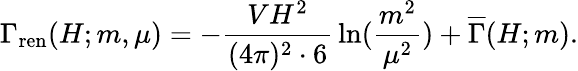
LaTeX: \Gamma_{\mathrm{ren}}(H;m,\mu)=-{\frac{VH^{2}}{(4\pi)^{2}\cdot 6}}\ln({\frac{m^{2}}{\mu^{2}}})+\overline{{{\Gamma}}}(H;m).